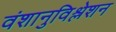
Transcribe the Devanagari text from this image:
वंशानुविश्लेशन